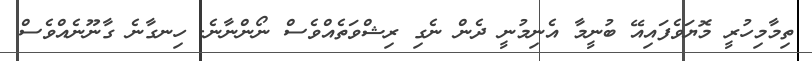
ތިމާމިހުރީ މޮޔަވެފައިއޭ ބުނީމާ އެނިމުނީ ދެން ނެގި ރިޝްވަތެއްވެސް ނޯންނާނެ. ހިނގާނެ ގާނޫނެއްވެސް